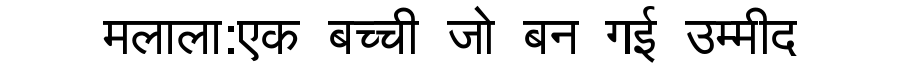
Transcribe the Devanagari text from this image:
मलाला:एक बच्ची जो बन गई उम्मीद